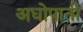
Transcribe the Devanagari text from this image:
अधोपाती